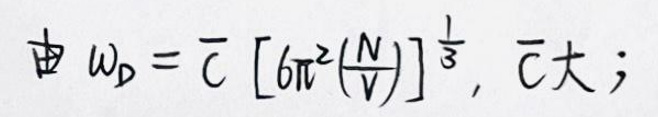
由\(w_p = \overline{c}[6\pi^2(\frac{N}{V})]^{\frac{1}{3}},\overline{c}\)大;